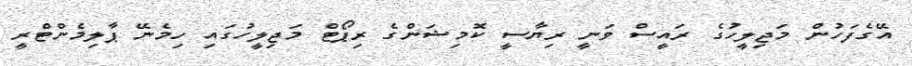
އޭގެފަހުން މަޖިލީހުގެ ރައީސް ވަނީ ރިޔާސީ ކޮމިޝަންގެ ރިޕޯޓް މަޖިލީހުގައި ހިމެނޭ ޕާލިމެންޓްރީ